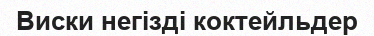
Виски негізді коктейльдер